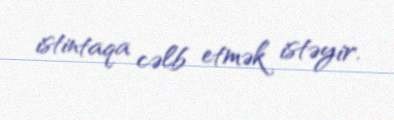
istintaqa cəlb etmək istəyir.